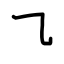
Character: ㇈